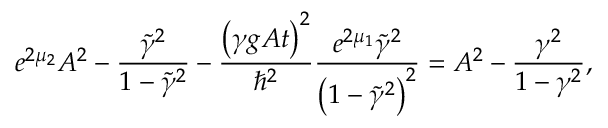
e ^ { 2 \mu _ { 2 } } A ^ { 2 } - \frac { \tilde { \gamma } ^ { 2 } } { 1 - \tilde { \gamma } ^ { 2 } } - \frac { \left( \gamma g A t \right) ^ { 2 } } { \hslash ^ { 2 } } \frac { e ^ { 2 \mu _ { 1 } } \tilde { \gamma } ^ { 2 } } { \left( 1 - \tilde { \gamma } ^ { 2 } \right) ^ { 2 } } = A ^ { 2 } - \frac { \gamma ^ { 2 } } { 1 - \gamma ^ { 2 } } ,